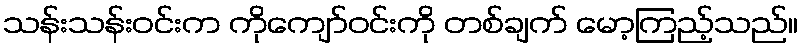
သန်းသန်းဝင်းက ကိုကျော်ဝင်းကို တစ်ချက် မော့ကြည့်သည်။